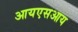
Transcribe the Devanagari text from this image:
आयएसआय